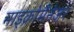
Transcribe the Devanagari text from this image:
माइक्रोमैनेजर